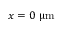
x = 0 ~ { \upmu \mathrm { m } }